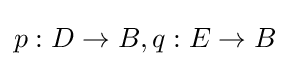
p:D\to B,q:E\to B